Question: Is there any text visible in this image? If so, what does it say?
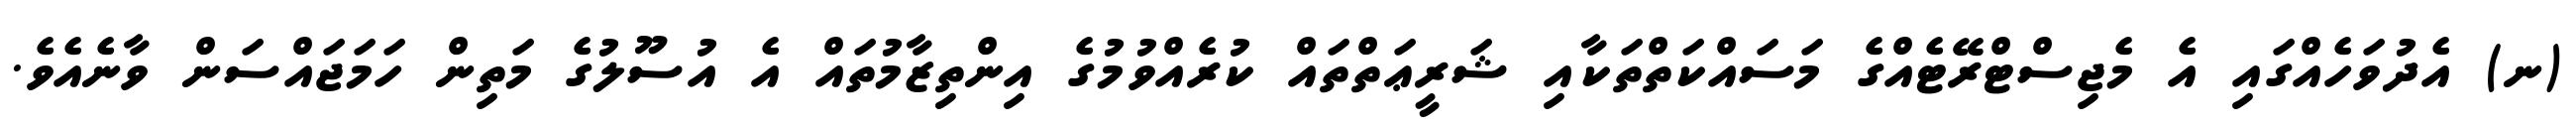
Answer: (ނ) އެދުވަހެއްގައި އެ މެޖިސްޓްރޭޓެއްގެ މަސައްކަތްތަކާއި ޝަރީޢަތްތައް ކުރެއްވުމުގެ އިންތިޒާމުތައް އެ އުސޫލުގެ މަތިން ހަމަޖައްސަން ވާނެއެވެ.